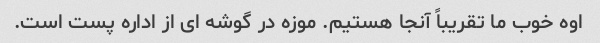
اوه خوب ما تقریباً آنجا هستیم. موزه در گوشه ای از اداره پست است.